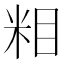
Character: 𱸷